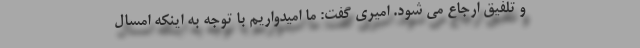
و تلفیق ارجاع می شود. امیری گفت: ما امیدواریم با توجه به اینکه امسال